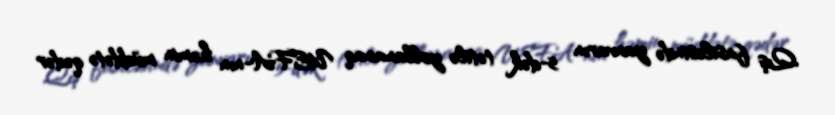
Qış fasiləsində yanvarın 5-dək tətilə yollanacaq UEFA-nın həmin müddətə qədər